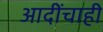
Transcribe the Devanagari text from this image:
आदींचाही